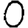
Digit: 0